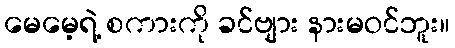
မေမေ့ရဲ့ စကားကို ခင်ဗျား နားမဝင်ဘူး။